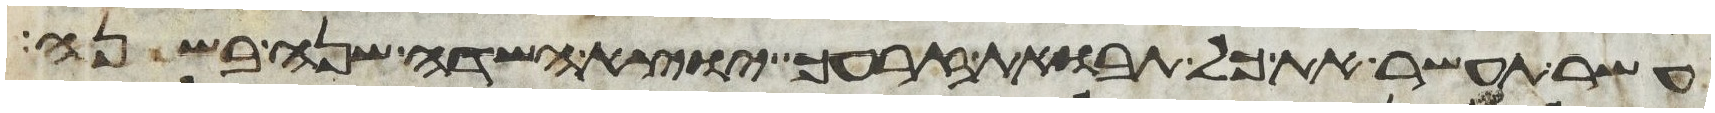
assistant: עשר תעשר את כל תבואת זרעך יוצא השדה שנה בשנה